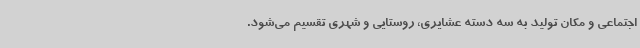
اجتماعی و مکان تولید به سه دسته عشایری، روستایی و شهری تقسیم می‌شود.